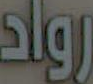
رواد